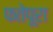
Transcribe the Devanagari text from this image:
फतेपूरा